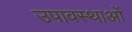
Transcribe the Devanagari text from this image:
उपावस्थाओं